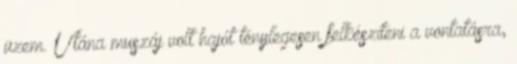
üzem. Utána muszáj volt hajót ténylegesen felkészíteni a vontatásra,